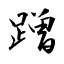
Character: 蹭